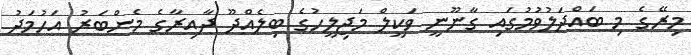
މިރޭގެ މި ބައްދަލުވުމުގައި ގާނޫނީ ވަކީލް މަޖިލީހުގެ ބިލެއްދޫ ދާއިރާގެ މެންބަރު އަހުމަދު